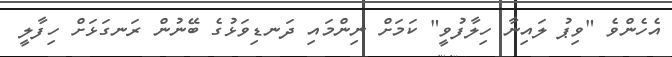
އެހެންވެ "ވިޕު ލައިނާ ހިލާފުވީ" ކަމަށް ނިންމައި ދަނޑިވަޅުގެ ބޭނުން ރަނގަޅަށް ހިފާލީ